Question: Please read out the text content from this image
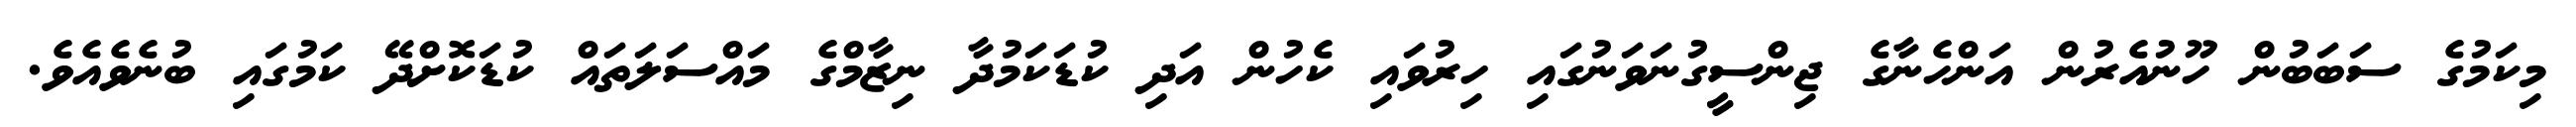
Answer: މިކަމުގެ ސަބަބުން ހޫނުއެރުން އަންހެނާގެ ޖިންސީގުނަވަނުގައި ހިރުވައި ކެހުން އަދި ކުޑަކަމުދާ ނިޒާމްގެ މައްސަލަތައް ކުޑަކޮށްދޭ ކަމުގައި ބުނެވެއެވެ.